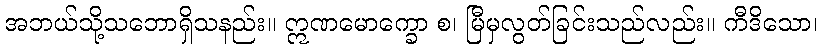
အဘယ်သို့သဘောရှိသနည်း။ ဣဏမောက္ခော စ၊ မြီမှလွတ်ခြင်းသည်လည်း။ ကီဒိသော၊